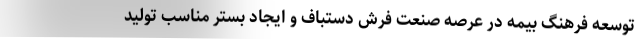
توسعه فرهنگ بیمه در عرصه صنعت فرش دستباف و ایجاد بستر مناسب تولید